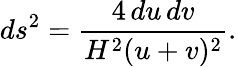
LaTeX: ds^{2}=\frac{4\, du\, dv}{H^{2}(u+v)^{2}}.